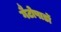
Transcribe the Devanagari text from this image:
गैटोपार्डो